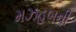
મઝહબની